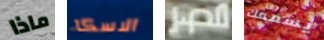
ماذا الاسكا مصر يسمعك